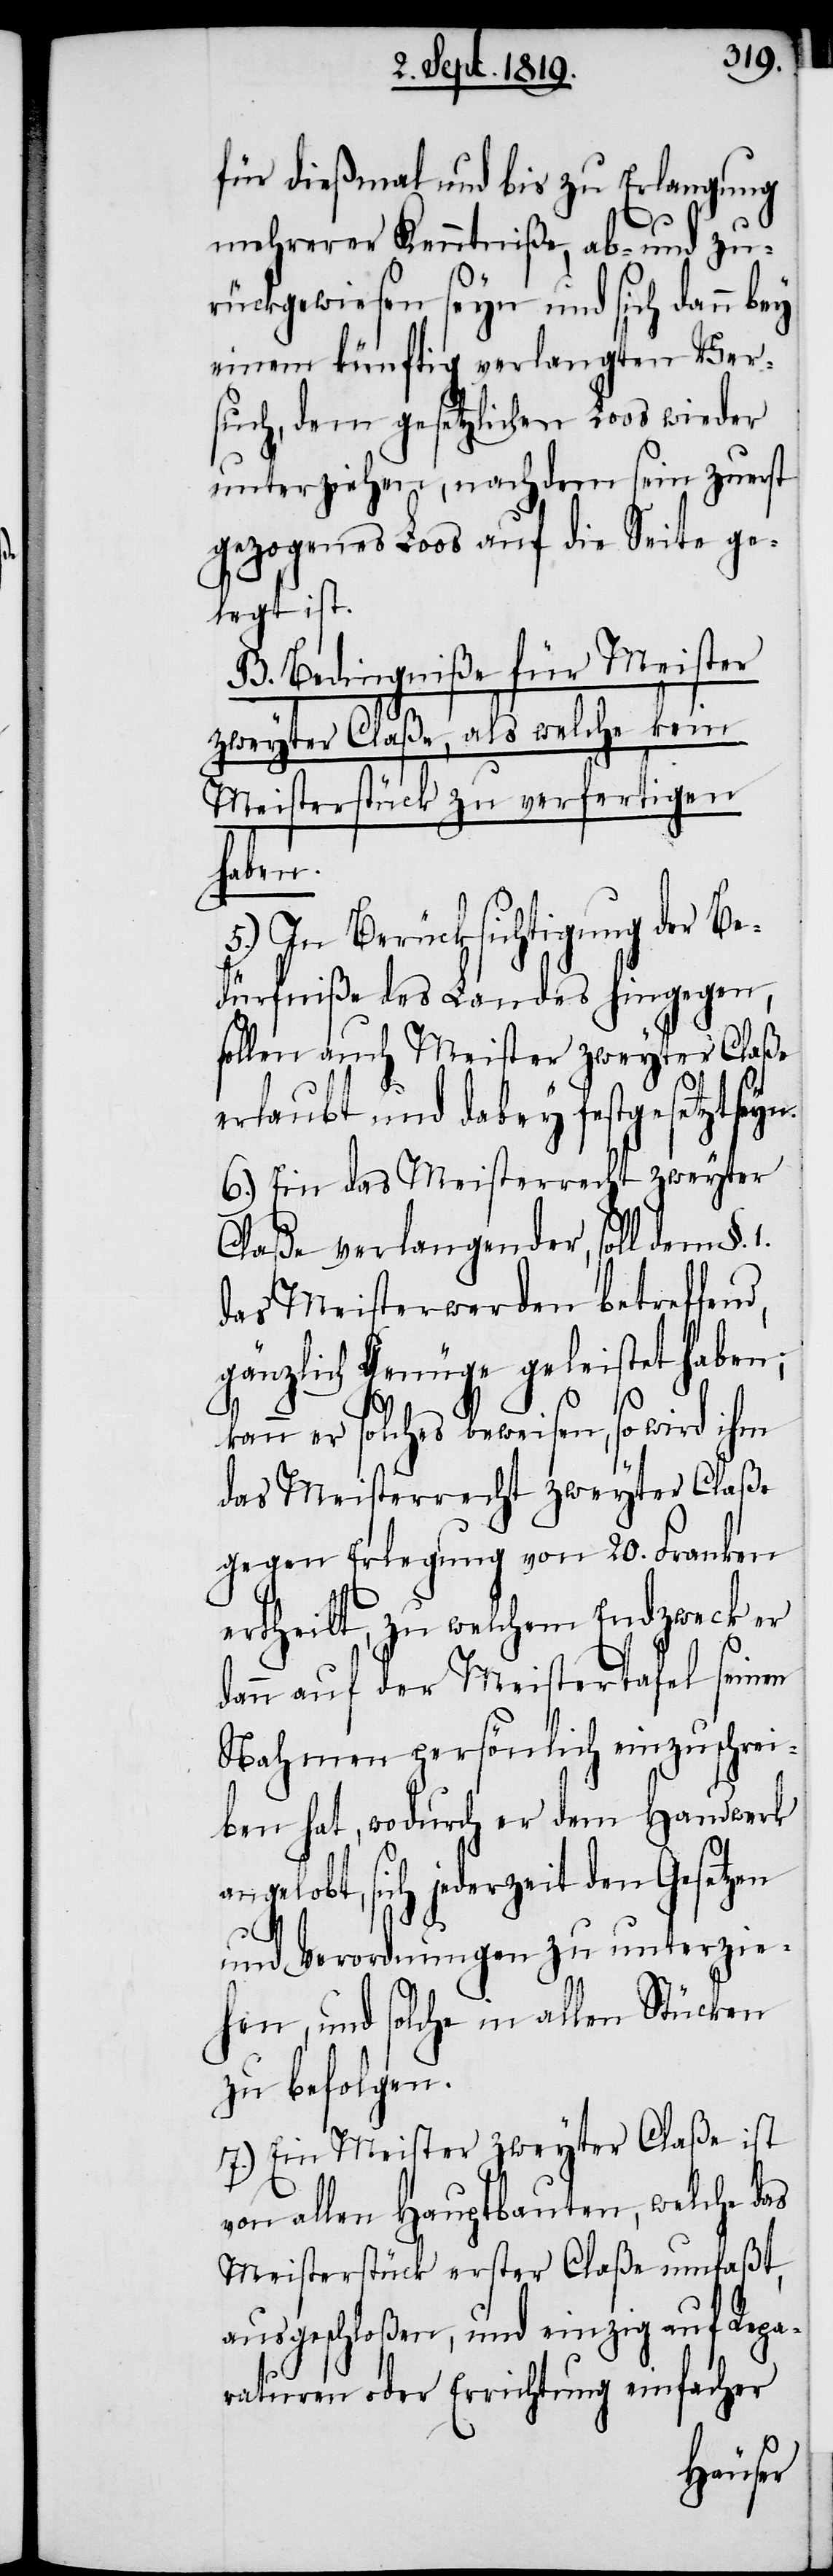
für dießmal und bis zu Erlangung
mehrerer Kenntniße, ab- und zu¬
rückgewiesen seyn und sich dann bey
einem künftig verlangten Ver¬
such, dem gesetzlichen Loos wieder
unterziehen, nachdem sein zuerst
gezogenes Loos auf die Seite ge¬
legt ist.
!] Bedingniße für Meister
zweyter Claße, als welche kein
Meisterstück zu verfertigen
kan¬
5.) In Berücksichtigung der Be¬
dürfniße des Landes hingegen,
sollen auch Meister zweyter
erlaubt und dabey festgesetzt
6.) Ein das Meisterrecht zweyter
Claße verlangender, soll dem §. 1.
das Meisterwerden betreffend,
gänzlich Genüge geleistet haben;
n er solches beweisen, so wird ihm
das Meitsrrecht zweyter Claße
gegen Erlegung von 20. Franken
ertheilt, zu welchem Endzweck er
dann auf der Meistertafel seinen
Nahmen persönlich einzuschrei¬
ben hat, wodurch er dem Handwerk
angelobt, sich jederzeit den Gesetzen
und Verordnungen zu unterzie¬
hen, und solche in allen Stücken
zu befolgen.
7.) Ein Meister zweyter Claße ist
von allen Hauptbauten, welche das
Meisterstück erster Claße umfaßt,
ausgeschloßen, und einzig auf Repa¬
raturen oder Errichtung einfacher